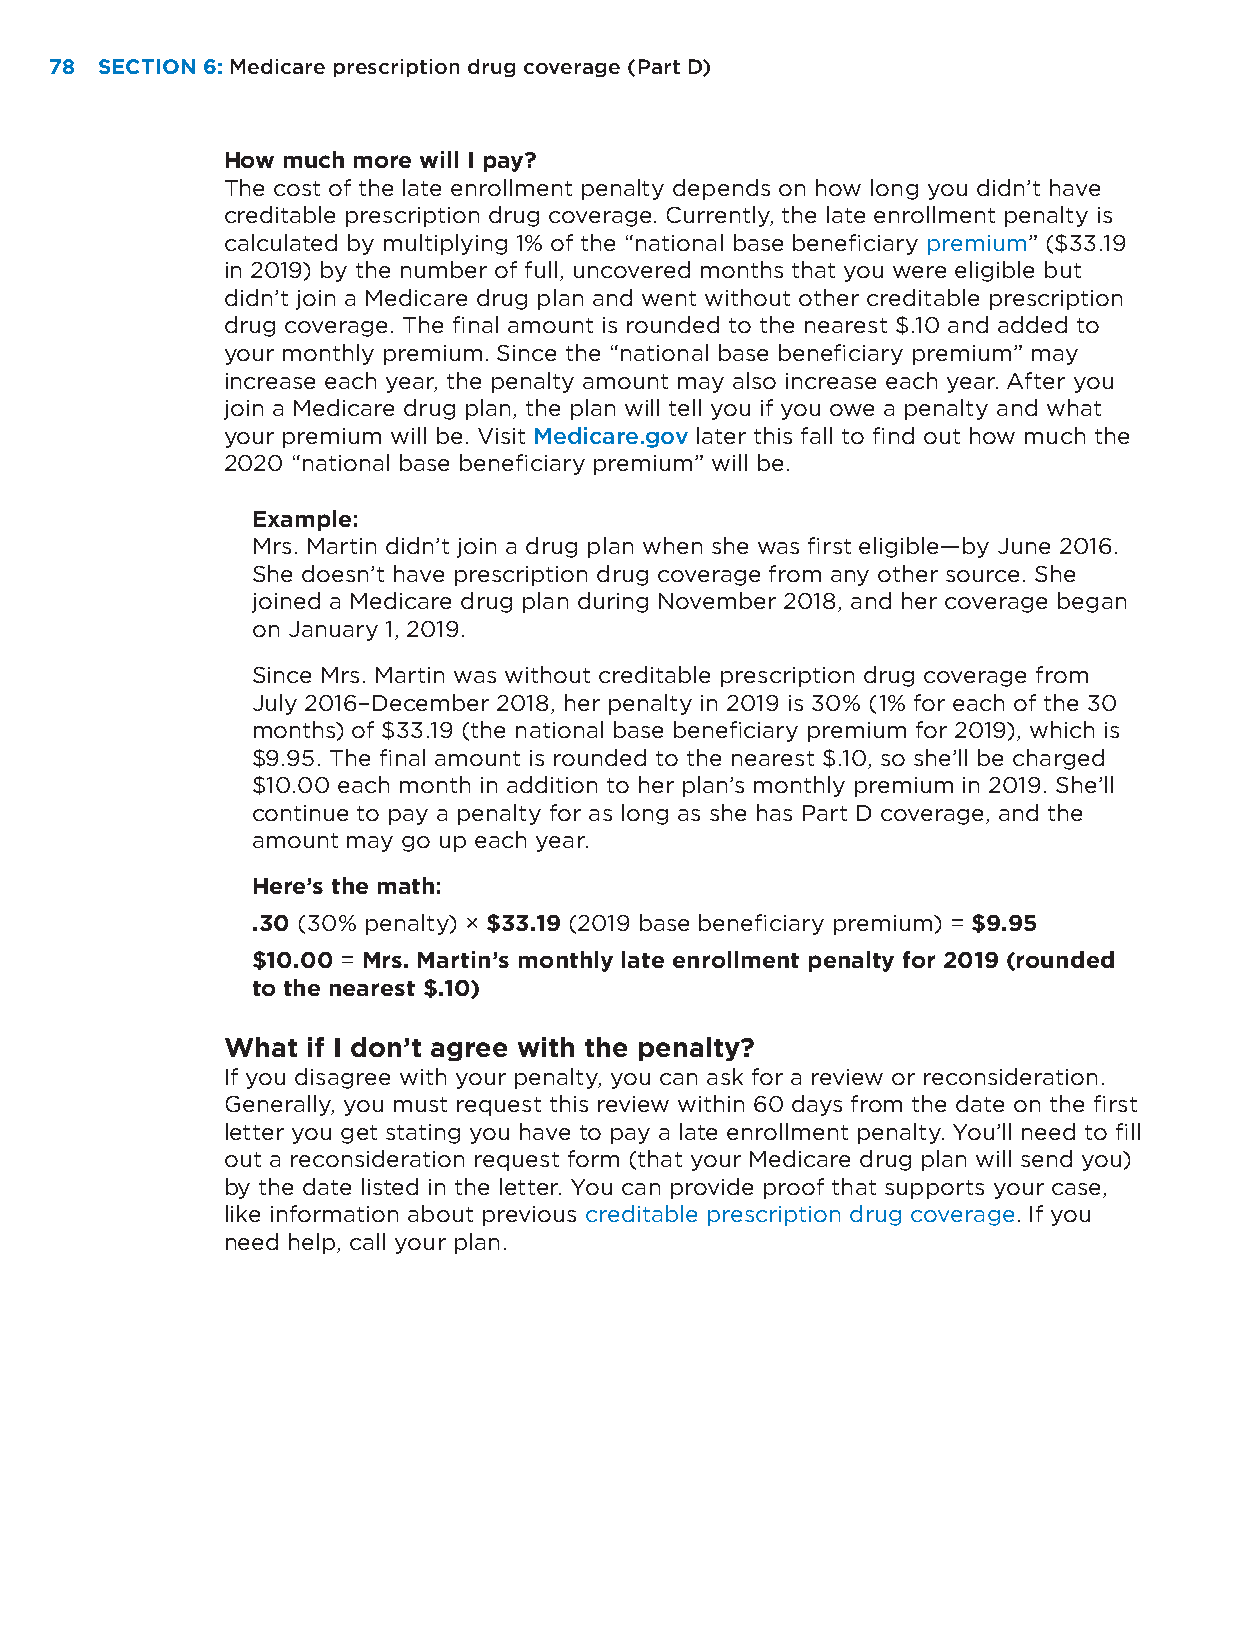
78 SECTION 6: Medicare prescription drug coverage (Part D)
 How much more will I pay?
 The cost of the late enrollment penalty depends on how long you didn’t have
 creditable prescription drug coverage. Currently, the late enrollment penalty is
 calculated by multiplying 1% of the “national base beneficiary premium” ($33.19
 in 2019) by the number of full, uncovered months that you were eligible but
 didn’t join a Medicare drug plan and went without other creditable prescription
 drug coverage. The final amount is rounded to the nearest $.10 and added to
 your monthly premium. Since the “national base beneficiary premium” may
 increase each year, the penalty amount may also increase each year. After you
 join a Medicare drug plan, the plan will tell you if you owe a penalty and what
 your premium will be. Visit Medicare.gov later this fall to find out how much the
 2020 “national base beneficiary premium” will be.
 Example:
 Mrs. Martin didn’t join a drug plan when she was first eligible—by June 2016.
 She doesn’t have prescription drug coverage from any other source. She
 joined a Medicare drug plan during November 2018, and her coverage began
 on January 1, 2019.
 Since Mrs. Martin was without creditable prescription drug coverage from
 July 2016–December 2018, her penalty in 2019 is 30% (1% for each of the 30
 months) of $33.19 (the national base beneficiary premium for 2019), which is
 $9.95. The final amount is rounded to the nearest $.10, so she’ll be charged
 $10.00 each month in addition to her plan’s monthly premium in 2019. She’ll
 continue to pay a penalty for as long as she has Part D coverage, and the
 amount may go up each year.
 Here’s the math:
 .30 (30% penalty) × $33.19 (2019 base beneficiary premium) = $9.95
 $10.00 = Mrs. Martin’s monthly late enrollment penalty for 2019 (rounded
 to the nearest $.10)
 What if I don’t agree with the penalty?
 If you disagree with your penalty, you can ask for a review or reconsideration.
 Generally, you must request this review within 60 days from the date on the first
 letter you get stating you have to pay a late enrollment penalty. You’ll need to fill
 out a reconsideration request form (that your Medicare drug plan will send you)
 by the date listed in the letter. You can provide proof that supports your case,
 like information about previous creditable prescription drug coverage. If you
 need help, call your plan.